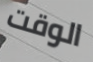
الوقت